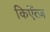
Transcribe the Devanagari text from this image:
किएँत्ज़